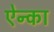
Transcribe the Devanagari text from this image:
ऐन्का